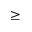
\geq